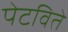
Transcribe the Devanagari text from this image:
पेटविते